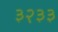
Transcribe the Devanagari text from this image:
३२३३